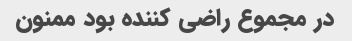
در مجموع راضی کننده بود ممنون